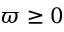
\varpi \ge 0